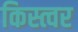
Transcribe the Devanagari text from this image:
किस्त्वर